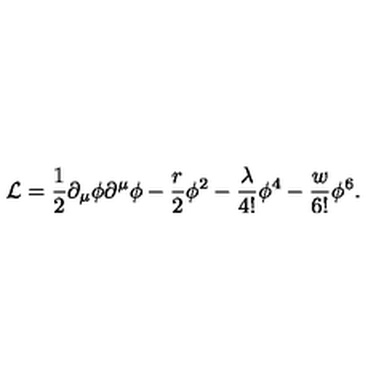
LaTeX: { \cal L } = \frac { 1 } { 2 } \partial _ { \mu } \phi \partial ^ { \mu } \phi - \frac { r } { 2 } \phi ^ { 2 } - \frac { \lambda } { 4 ! } \phi ^ { 4 } - \frac { w } { 6 ! } \phi ^ { 6 } .